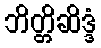
ဘိတ္တိဆိဒ္ဒံ